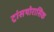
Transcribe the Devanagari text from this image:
ट्रांसथोरासिक